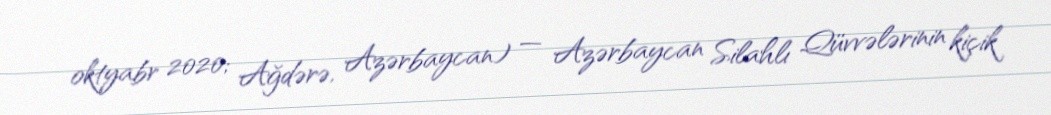
oktyabr 2020; Ağdərə, Azərbaycan) — Azərbaycan Silahlı Qüvvələrinin kiçik